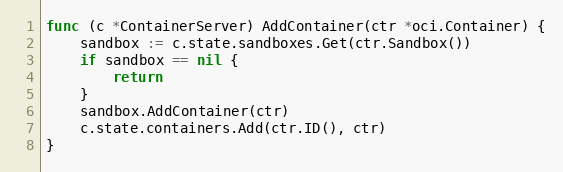
Language: Go
func (c *ContainerServer) AddContainer(ctr *oci.Container) {
	sandbox := c.state.sandboxes.Get(ctr.Sandbox())
	if sandbox == nil {
		return
	}
	sandbox.AddContainer(ctr)
	c.state.containers.Add(ctr.ID(), ctr)
}